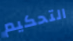
التحكيم